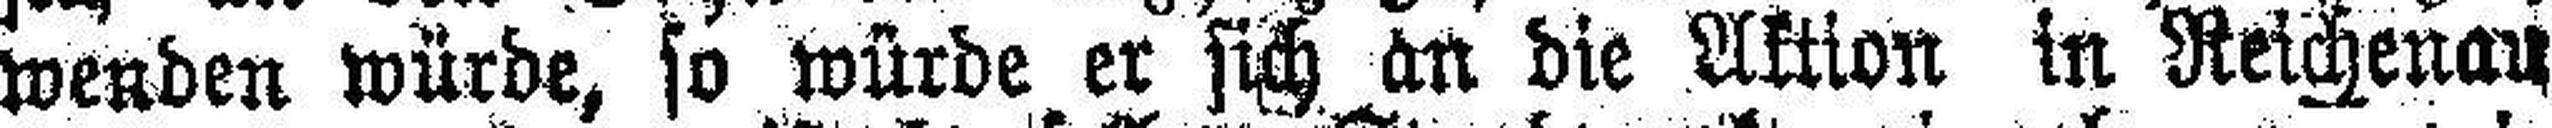
wenden würde, so würde er sich an die Aktion in Reichenau